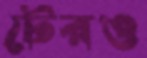
টেরও